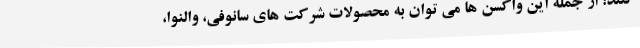
کنند؛ از جمله این واکسن ها می توان به محصولات شرکت های سانوفی، والنوا،